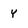
Character: y